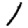
Digit: 1